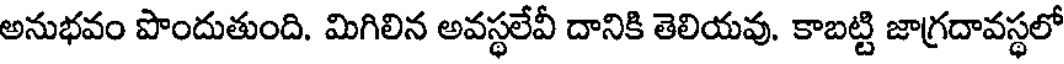
అనుభవం పొందుతుంది. మిగిలిన అవస్థలేవీ దానికి తెలియవు. కాబట్టి జాగ్రదావస్థలో